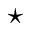
\star